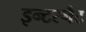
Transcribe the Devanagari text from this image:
इन्टरनैट